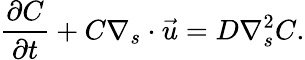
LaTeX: \frac{\partial C}{\partial t}+C\nabla_{s}\cdot\vec{u}=D\nabla_{s}^{2}C.